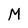
Character: M